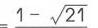
$1 - \sqrt{21}$